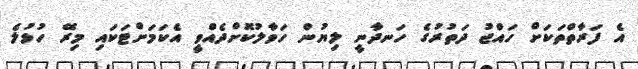
އެ ފަރާތްތަކަށް ހައްޖު ދަތުރުގެ ހަނދާނީ ލިޔުން ހަވާލުކޮށްދެއްވީ އެކަމަށްޓަކައި މިރޭ ހުޅުލެ